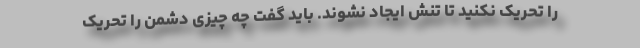
را تحریک نکنید تا تنش ایجاد نشوند. باید گفت چه چیزی دشمن را تحریک